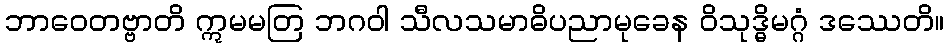
ဘာဝေတဗ္ဗာတိ ဣမမတြ ဘဂဝါ သီလသမာဓိပညာမုခေန ဝိသုဒ္ဓိမဂ္ဂံ ဒဿေတိ။